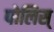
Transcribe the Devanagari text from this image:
पोलिस्